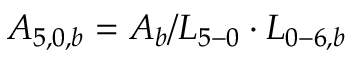
{ A _ { 5 , 0 , b } } = { A _ { b } } / { L _ { 5 - 0 } } \cdot { L _ { 0 - 6 , b } }